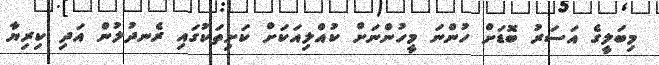
މިބަލީގެ އަސަރު ބޮޑަށް ހުންނަ މީހުންނަށް ކުއްލިއަކަށް ކަށިތަކުގައި ރެނދުލުން އަދި ކިރިޔާ